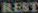
REST